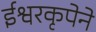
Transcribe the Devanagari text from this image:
ईश्वरकृपेने